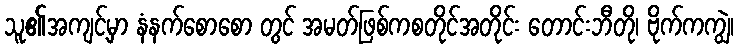
သူ၏အကျင့်မှာ နံနက်စောစော တွင် အမတ်ဖြစ်ကစတိုင်အတိုင်း တောင်းဘီတို၊ ဗိုက်ကကျွဲ၊